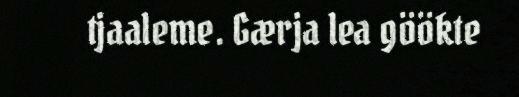
tjaaleme. Gærja lea göökte